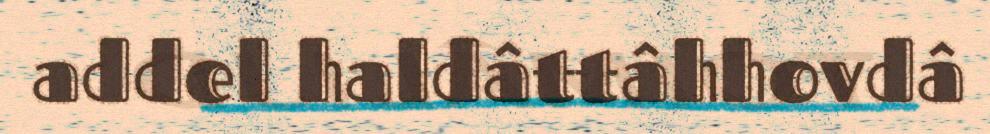
addel haldâttâhhovdâ